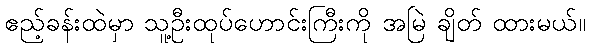
ဧည့်ခန်းထဲမှာ သူ့ဦးထုပ်ဟောင်းကြီးကို အမြဲ ချိတ် ထားမယ်။